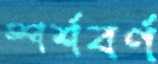
স্পর্শবর্ণ